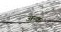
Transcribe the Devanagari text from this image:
अन्क